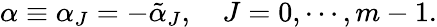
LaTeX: \alpha\equiv\alpha_{J}=-\tilde{\alpha}_{J},\quad J=0,\cdots,m-1.